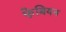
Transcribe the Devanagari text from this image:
फे़बियन